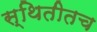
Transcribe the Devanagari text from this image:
स्थितीतच